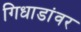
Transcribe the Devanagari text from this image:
गिधाडांवर